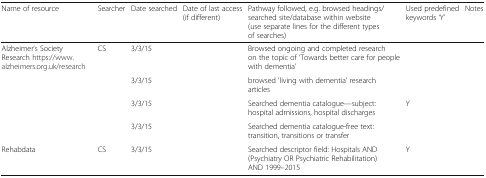
<table><thead><tr><td><b>Name of resource</b></td><td><b>Searcher</b></td><td><b>Date searched</b></td><td><b>Date of last access (if different)</b></td><td><b>Pathway followed, e.g. browsed headings/searched site/database within website (use separate lines for the different types of searches)</b></td><td><b>Used predefined keywords ‘Y’</b></td><td><b>Notes</b></td></tr></thead><tbody><tr><td rowspan="4">Alzheimer’s Society Research https://www.alzheimers.org.uk/research</td><td rowspan="4">CS</td><td>3/3/15</td><td></td><td>Browsed ongoing and completed research on the topic of ‘Towards better care for people with dementia’</td><td></td><td rowspan="4"></td></tr><tr><td>3/3/15</td><td></td><td>browsed ‘living with dementia’ research articles</td><td></td></tr><tr><td>3/3/15</td><td></td><td>Searched dementia catalogue—subject: hospital admissions, hospital discharges</td><td>Y</td></tr><tr><td>3/3/15</td><td></td><td>Searched dementia catalogue-free text: transition, transitions or transfer</td><td></td></tr><tr><td>Rehabdata</td><td>CS</td><td>3/3/15</td><td></td><td>Searched descriptor field: Hospitals AND (Psychiatry OR Psychiatric Rehabilitation) AND 1999–2015</td><td>Y</td><td></td></tr></tbody></table>